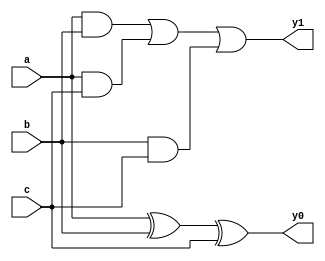
`timescale 1ns/1ns
module oc3GL (input a,b,c , output y0 , y1);
    supply1 vdd;
    supply0 gnd;
    wire w1,w2,w3;
    and #(7,7) a1(w1, a,b);
    and #(7,7) a2(w2, a,c);
    and #(7,7 )a3(w3, b,c);
    or #(8,7) o1(y1, w1,w2,w3);
    xor #(15,21) xo1(y0, a,b,c);
endmodule